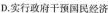
D.实行政府干预民经济